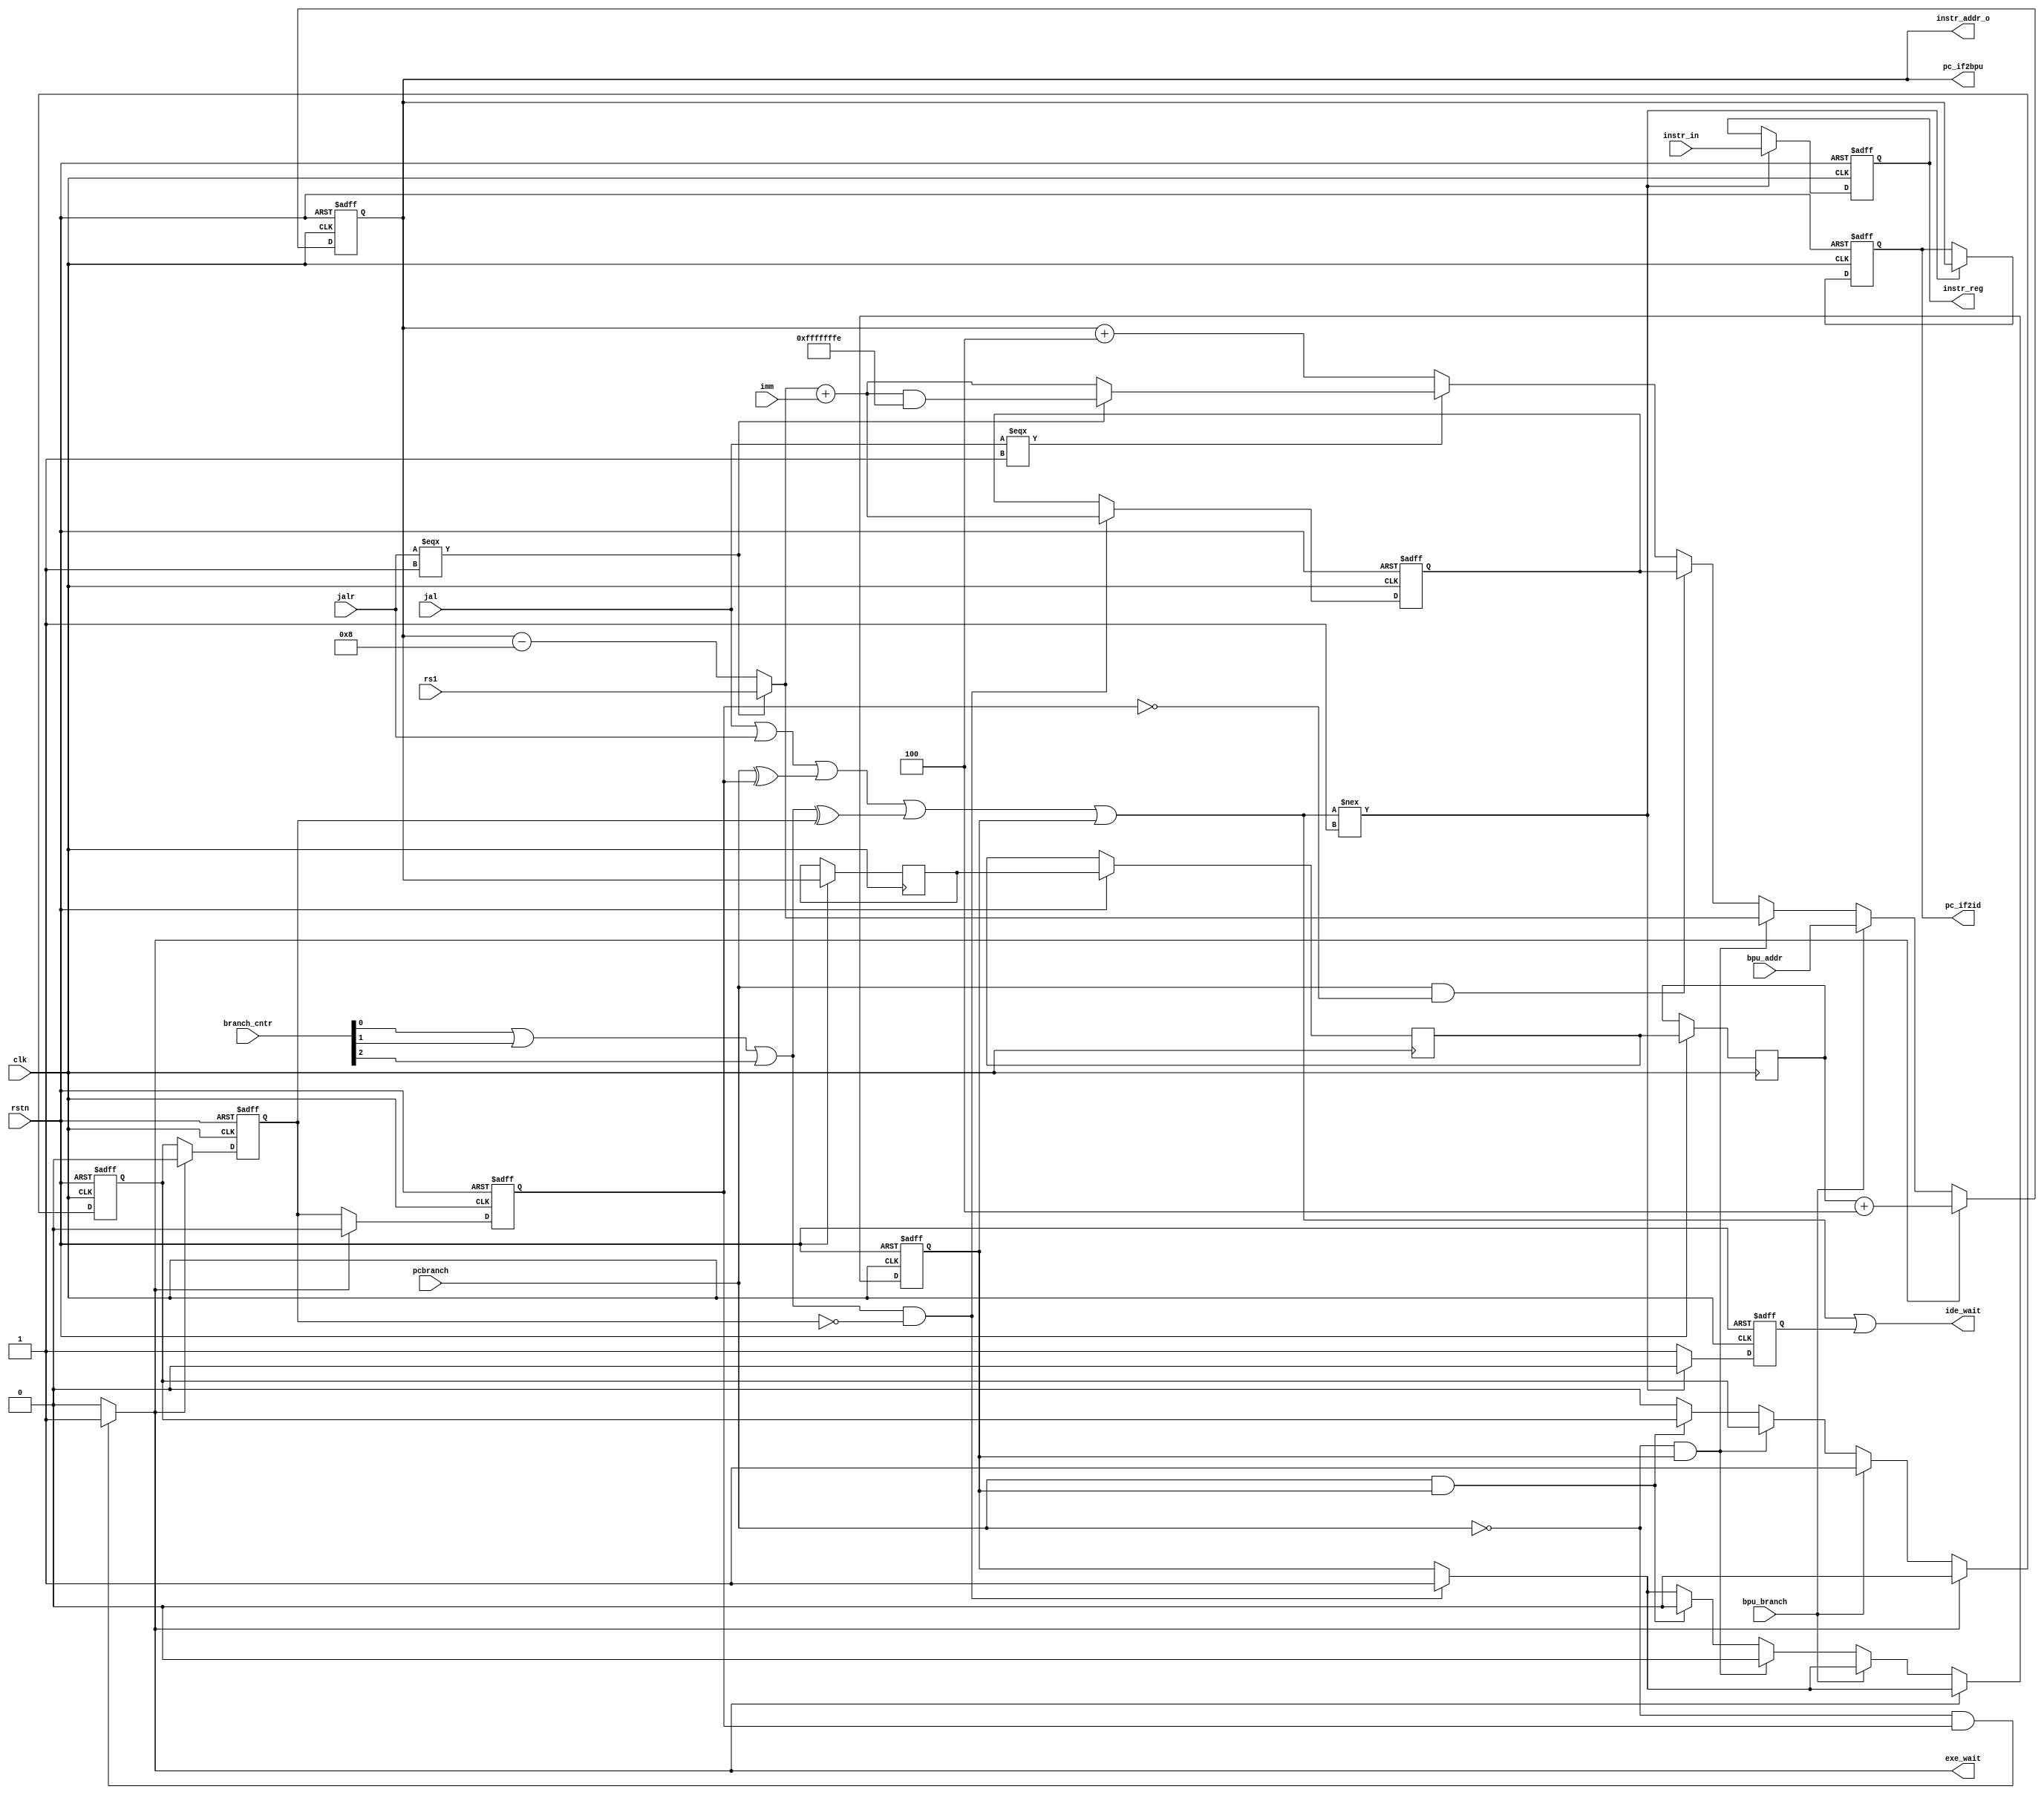
/********************************************************************************************************
Github repo : https://github.com/Praseeda-S/RISC-V-Soc.git
Date : 20/05/2021
Authors : Praseeda S, Sanjana AR, Parvathy PH, Anna Sebastine
College Name : College of Engineering Trivandrum
Project Name : Design and Verification of Vriddhi: A RISC-V Core
Design name : Instruction Fetch
Module name : ifetch
Description : Updates program counter (PC) and fetches 32-bit instruction from ROM (instruction memory)
********************************************************************************************************/

module ifetch(
input wire clk,
input wire rstn,
input wire [31:0] rs1,
input wire [31:0] imm,
input wire [31:0] instr_in,
input wire [31:0] bpu_addr,
input wire [2:0]  branch_cntr,
input wire bpu_branch,
input wire jal,jalr,pcbranch, 
output ide_wait,
output exe_wait,
output [31:0] pc_if2bpu,
output [31:0] instr_addr_o,
output reg [31:0] instr_reg,
output reg [31:0] pc_if2id
);

//variable signals used for stalling
reg branch_encountered;
reg cpu_wait;
reg branch_predicted;
reg branch_predicted_d1;
reg branch_predicted_d2;

reg [31:0] pc_prev1,pc_prev2,pc_prev3;
wire branchcnt = branch_cntr[0]| branch_cntr[1]|branch_cntr[2];
wire pc_error = jal|jalr|(pcbranch^branch_predicted_d2)|(branchcnt^branch_predicted_d1)|branch_encountered; 

assign exe_wait = (pcbranch==0 & branch_predicted_d2==1)? 1'b1:1'b0; 

wire [31:0] t1;
wire [31:0] t2;
wire [31:0] t3;
wire [31:0] t4;
wire [31:0] pc_nxt;
reg  [31:0] pc;
reg [31:0] pc_next1;

assign instr_addr_o = pc;
assign ide_wait = pc_error|cpu_wait;
assign pc_if2bpu = pc;

//computing next pc
assign t1 = (jalr===1)? rs1 : pc-8;
assign t2 = t1 + imm;
assign t3 = (jalr===1)? t2 &(32'hFFFFFFFE) : t2;
assign t4 = pc+4;

assign pc_nxt = (pcbranch==1 && branch_predicted_d2==0 )? pc_next1 : (jal===1)? t3:t4 ;

always@(posedge clk or negedge rstn)
begin
if (~rstn)  
begin
 pc <= 0;
 pc_if2id <= 0;
 pc_next1 <= 0;
 instr_reg <= 0;
 cpu_wait <= 0;
 branch_encountered <= 0;
 branch_predicted <= 0;
 branch_predicted_d1 <= 0;
 branch_predicted_d2 <= 0;

end

else
begin
   if(branchcnt !=0 && branch_predicted_d1==0)
   begin
   pc_next1 <= t2;
   branch_encountered<=1;
        end


   if(exe_wait==1)
   begin
      pc <= pc_prev3 + 4;
      branch_predicted <= 0;
      branch_predicted_d1 <= 0;
      branch_predicted_d2 <= 0;
   end

   else
   begin

      if (bpu_branch)
      begin
         pc <= bpu_addr;
         branch_predicted <= 1;
      end


      else if(pcbranch==0 && branch_encountered==1)
      begin
         pc<= t1;
            branch_encountered<=0;
      end

      else if (pcbranch ==1 && branch_encountered==1)
      begin
         branch_encountered<=0;
               pc<=pc_nxt;
         end

         else
      begin
            pc<= pc_nxt;
         branch_predicted <= 0;
      end

      branch_predicted_d1 <= branch_predicted;
      branch_predicted_d2 <= branch_predicted_d1;
   end
pc_prev1 <= pc;
pc_prev2 <= pc_prev1;
pc_prev3 <= pc_prev2;
 


if (pc_error !==1)
  begin
   //latching
   instr_reg <= instr_in;
        pc_if2id <= pc;
   cpu_wait<= 0;
   
  end

else
   cpu_wait<=1;

end
         
end

endmodule